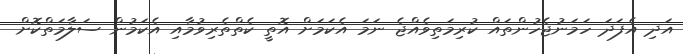
އަދި އެފަދަ ހަމަނުޖެހުންތައް ކުރިމަތިވެއްޖެ ނަމަ އެކަމަށް އޮތީ ކެތްތެރިވުމާއި އެކަމުން ސަލާމަތްކޮށް